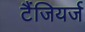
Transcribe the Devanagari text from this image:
टैंजियर्ज